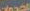
الخدمات